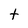
Character: t